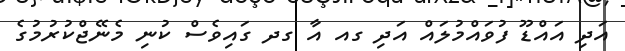
އަދި އައްޑޫ ފުވައްމުލައް އަދި ގއ އާ ގދ ގައިވެސް ކުނި މެނޭޖްކުރުމުގެ